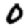
Digit: 0